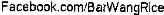
FACEBOOK.COM/BARWANGRICE